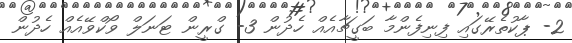
2- ޕާކުތެރޭގައި ފިނިފެންމާ ބަގީޗާއެއް ހެދުން 3- ގްރީން ޓަނަލް ވޯކްވޭއެއް ހެދުން